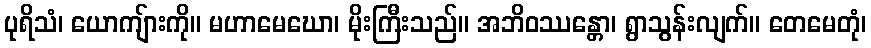
ပုရိသံ၊ ယောကျ်ားကို။ မဟာမေဃော၊ မိုးကြီးသည်။ အဘိဝဿန္တော၊ ရွာသွန်းလျက်။ တေမေတုံ၊